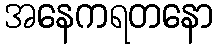
အနေကရတနော